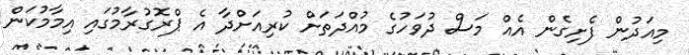
މިއަދުން ފެށިގެން އެއް މަސް ދުވަހުގެ މުއްދަތަށް ކުރިއަށްދާ އެ ޕްރޮގުރާމުގައި އިމާމުކަން